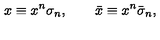
x \equiv x ^ { n } \sigma _ { n } , \qquad \bar { x } \equiv x ^ { n } \bar { \sigma } _ { n } ,